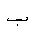
Letter: _ba